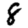
Digit: 8